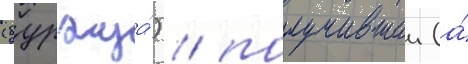
(буржуа́) / получившии (а́